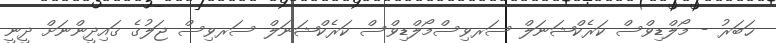
ޚަބަރު - މޯލްޑިވްސް ކަރެކްޝަނަލް ސަރވިސްމޯލްޑިވްސް ކަރެކްޝަނަލް ސަރވިސް ޖަލުގެ ޤައިދީންނަށް ދީނީ